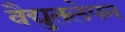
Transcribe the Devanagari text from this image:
वैद्युतलेपन